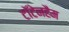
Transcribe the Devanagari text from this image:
टॉटेनहैम